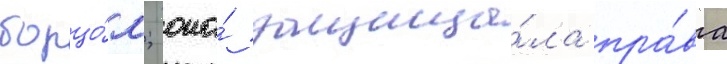
борцо́м; она́ защища́ла пра́ва